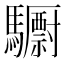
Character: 𮪝